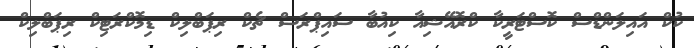
ކުކް އައިލަންޑްސް ކޮސްޓަރީކާ ކްރޮއޭޝިއާ ކިއުބާ ސައިޕްރަސް ޗެކް ރިޕަބްލިކް ޑިމޮކްރަޓިކް ރިޕަބްލިކް